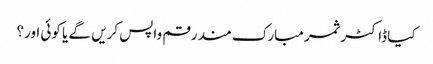
کیا ڈاکٹر ثمر مبارک مند رقم واپس کریں گے یا کوئی اور؟